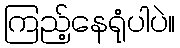
ကြည့်နေရုံပါပဲ။